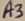
Text: A3